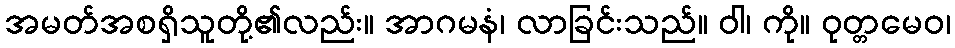
အမတ်အစရှိသူတို့၏လည်း။ အာဂမနံ၊ လာခြင်းသည်။ ဝါ၊ ကို။ ဝုတ္တမေဝ၊